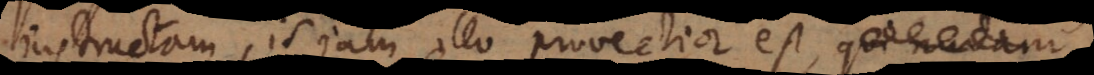
instructam, is jam illo provectior est,